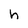
Character: h